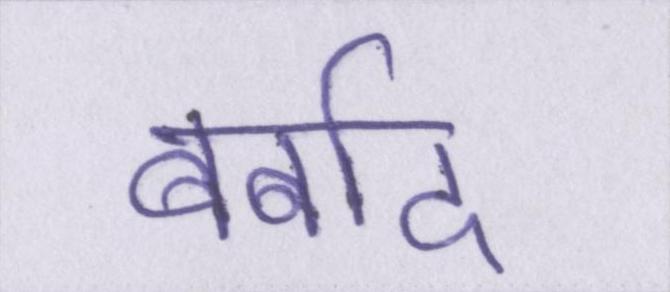
बर्बाद